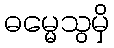
ဓမ္မေသွမှိ